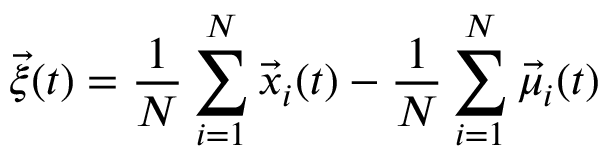
\vec { \xi } ( t ) = \frac { 1 } { N } \sum _ { i = 1 } ^ { N } \vec { x } _ { i } ( t ) - \frac { 1 } { N } \sum _ { i = 1 } ^ { N } \vec { \mu } _ { i } ( t )